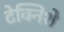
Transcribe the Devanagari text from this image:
टेक्निशे